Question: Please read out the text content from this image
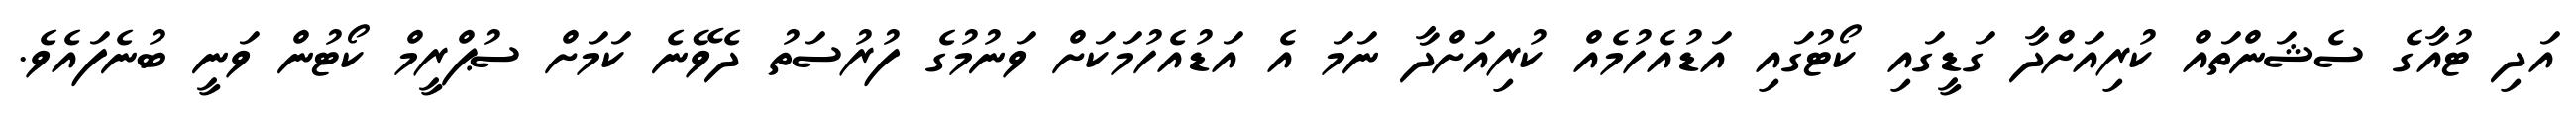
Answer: އަދި ޓުއާގެ ސެޝަންތައް ކުރިއަށްދާ ގަޑީގައި ކޯޓުގައި އަޑުއެހުމެއް ކުރިއަށްދާ ނަމަ އެ އަޑުއެހުމަކަށް ވަނުމުގެ ފުރުސަތު ދެވޭނެ ކަމަށް ސުޕްރީމް ކޯޓުން ވަނީ ބުނެފައެވެ.